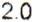
2.0